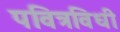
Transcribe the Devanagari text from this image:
पवित्रविधी